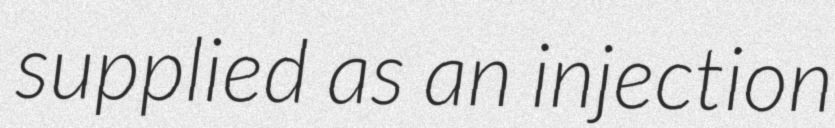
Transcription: supplied as an injection